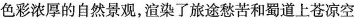
色彩浓厚的自然景观，渲染了旅途愁苦和蜀道上苍凉空